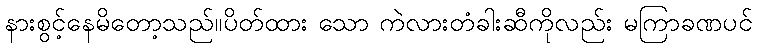
နားစွင့်နေမိတော့သည်။ပိတ်ထား သော ကဲလားတံခါးဆီကိုလည်း မကြာခဏပင်